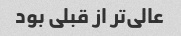
عالی‌تر از قبلی بود